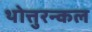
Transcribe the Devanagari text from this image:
थोत्तुरन्कल